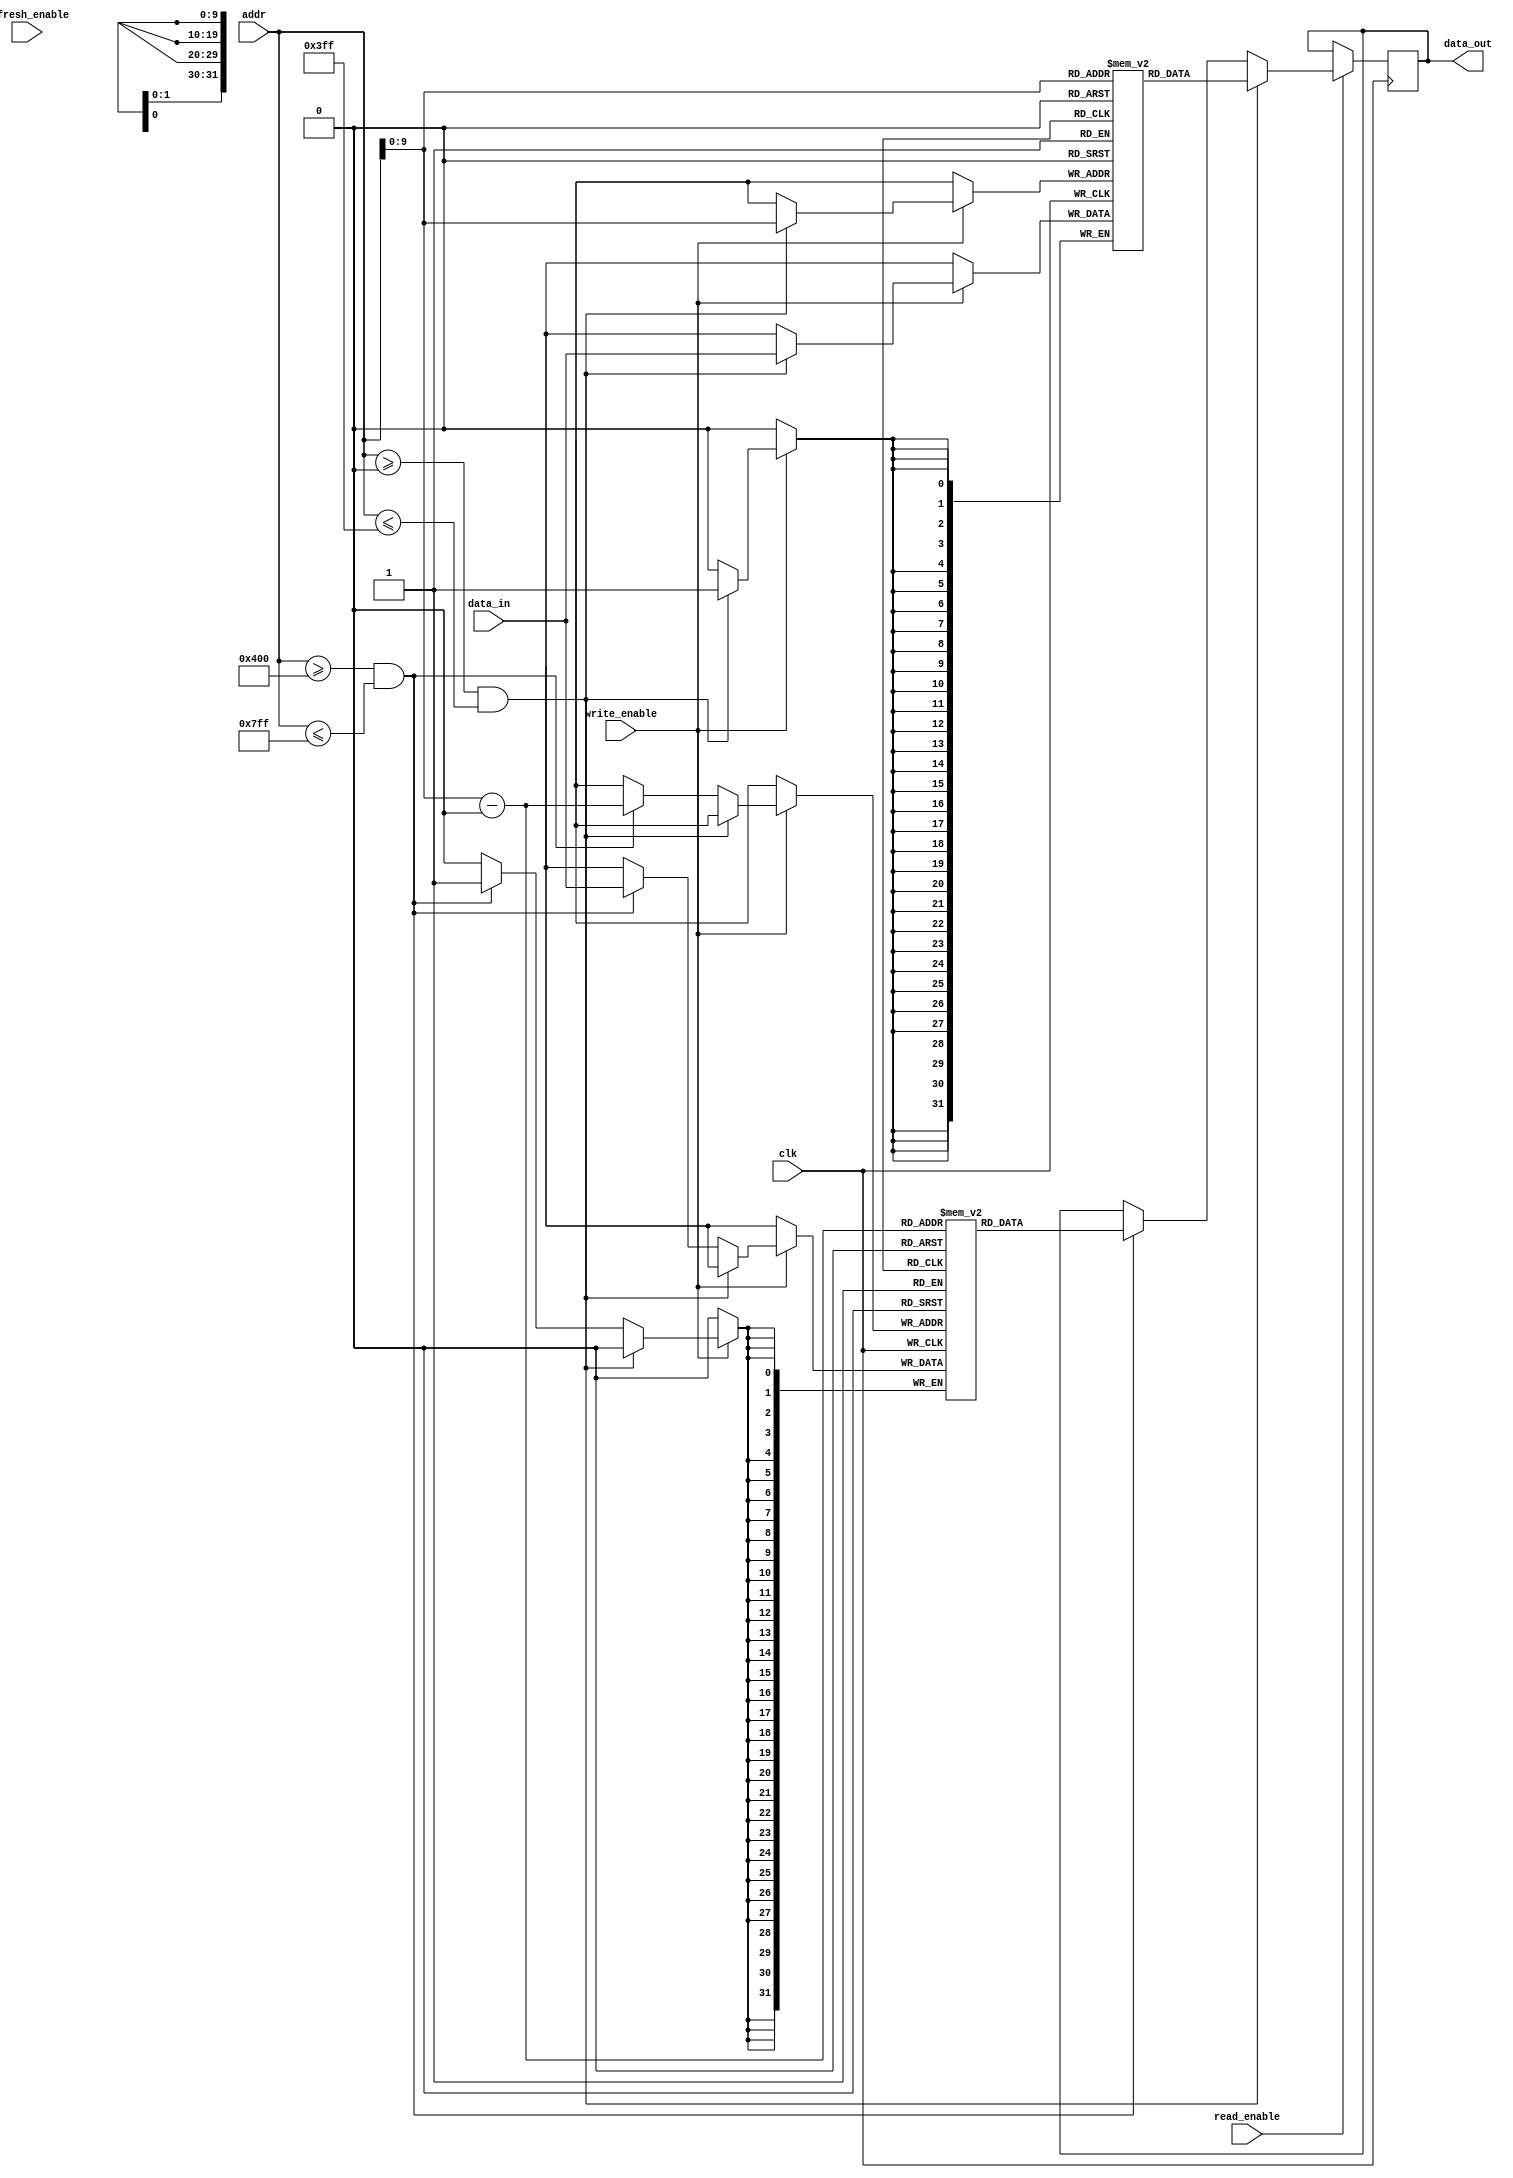
module SDRAM (
    input wire clk,
    input wire [31:0] addr,
    input wire [31:0] data_in,
    output reg [31:0] data_out,
    input wire write_enable,
    input wire read_enable,
    input wire refresh_enable
);

// Declare memory blocks
reg [31:0] memory_block_1 [0:1023];
reg [31:0] memory_block_2 [0:1023];
// Define more memory blocks if needed

// Synchronous operation with clock
always @(posedge clk) begin
    if (read_enable) begin
        if (addr >= 0 && addr <= 1023) begin
            data_out <= memory_block_1[addr];
        end else if (addr >= 1024 && addr <= 2047) begin
            data_out <= memory_block_2[addr - 1024];
        end
        // Add more cases for additional memory blocks
    end

    if (write_enable) begin
        if (addr >= 0 && addr <= 1023) begin
            memory_block_1[addr] <= data_in;
        end else if (addr >= 1024 && addr <= 2047) begin
            memory_block_2[addr - 1024] <= data_in;
        end
        // Add more cases for additional memory blocks
    end
end

// Refresh logic to maintain data integrity
always @(posedge clk) begin
    if (refresh_enable) begin
        // Perform refresh operation
    end
end

endmodule